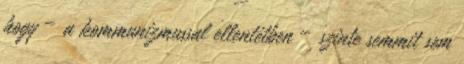
hogy – a kommunizmussal ellentétben – szinte semmit sem